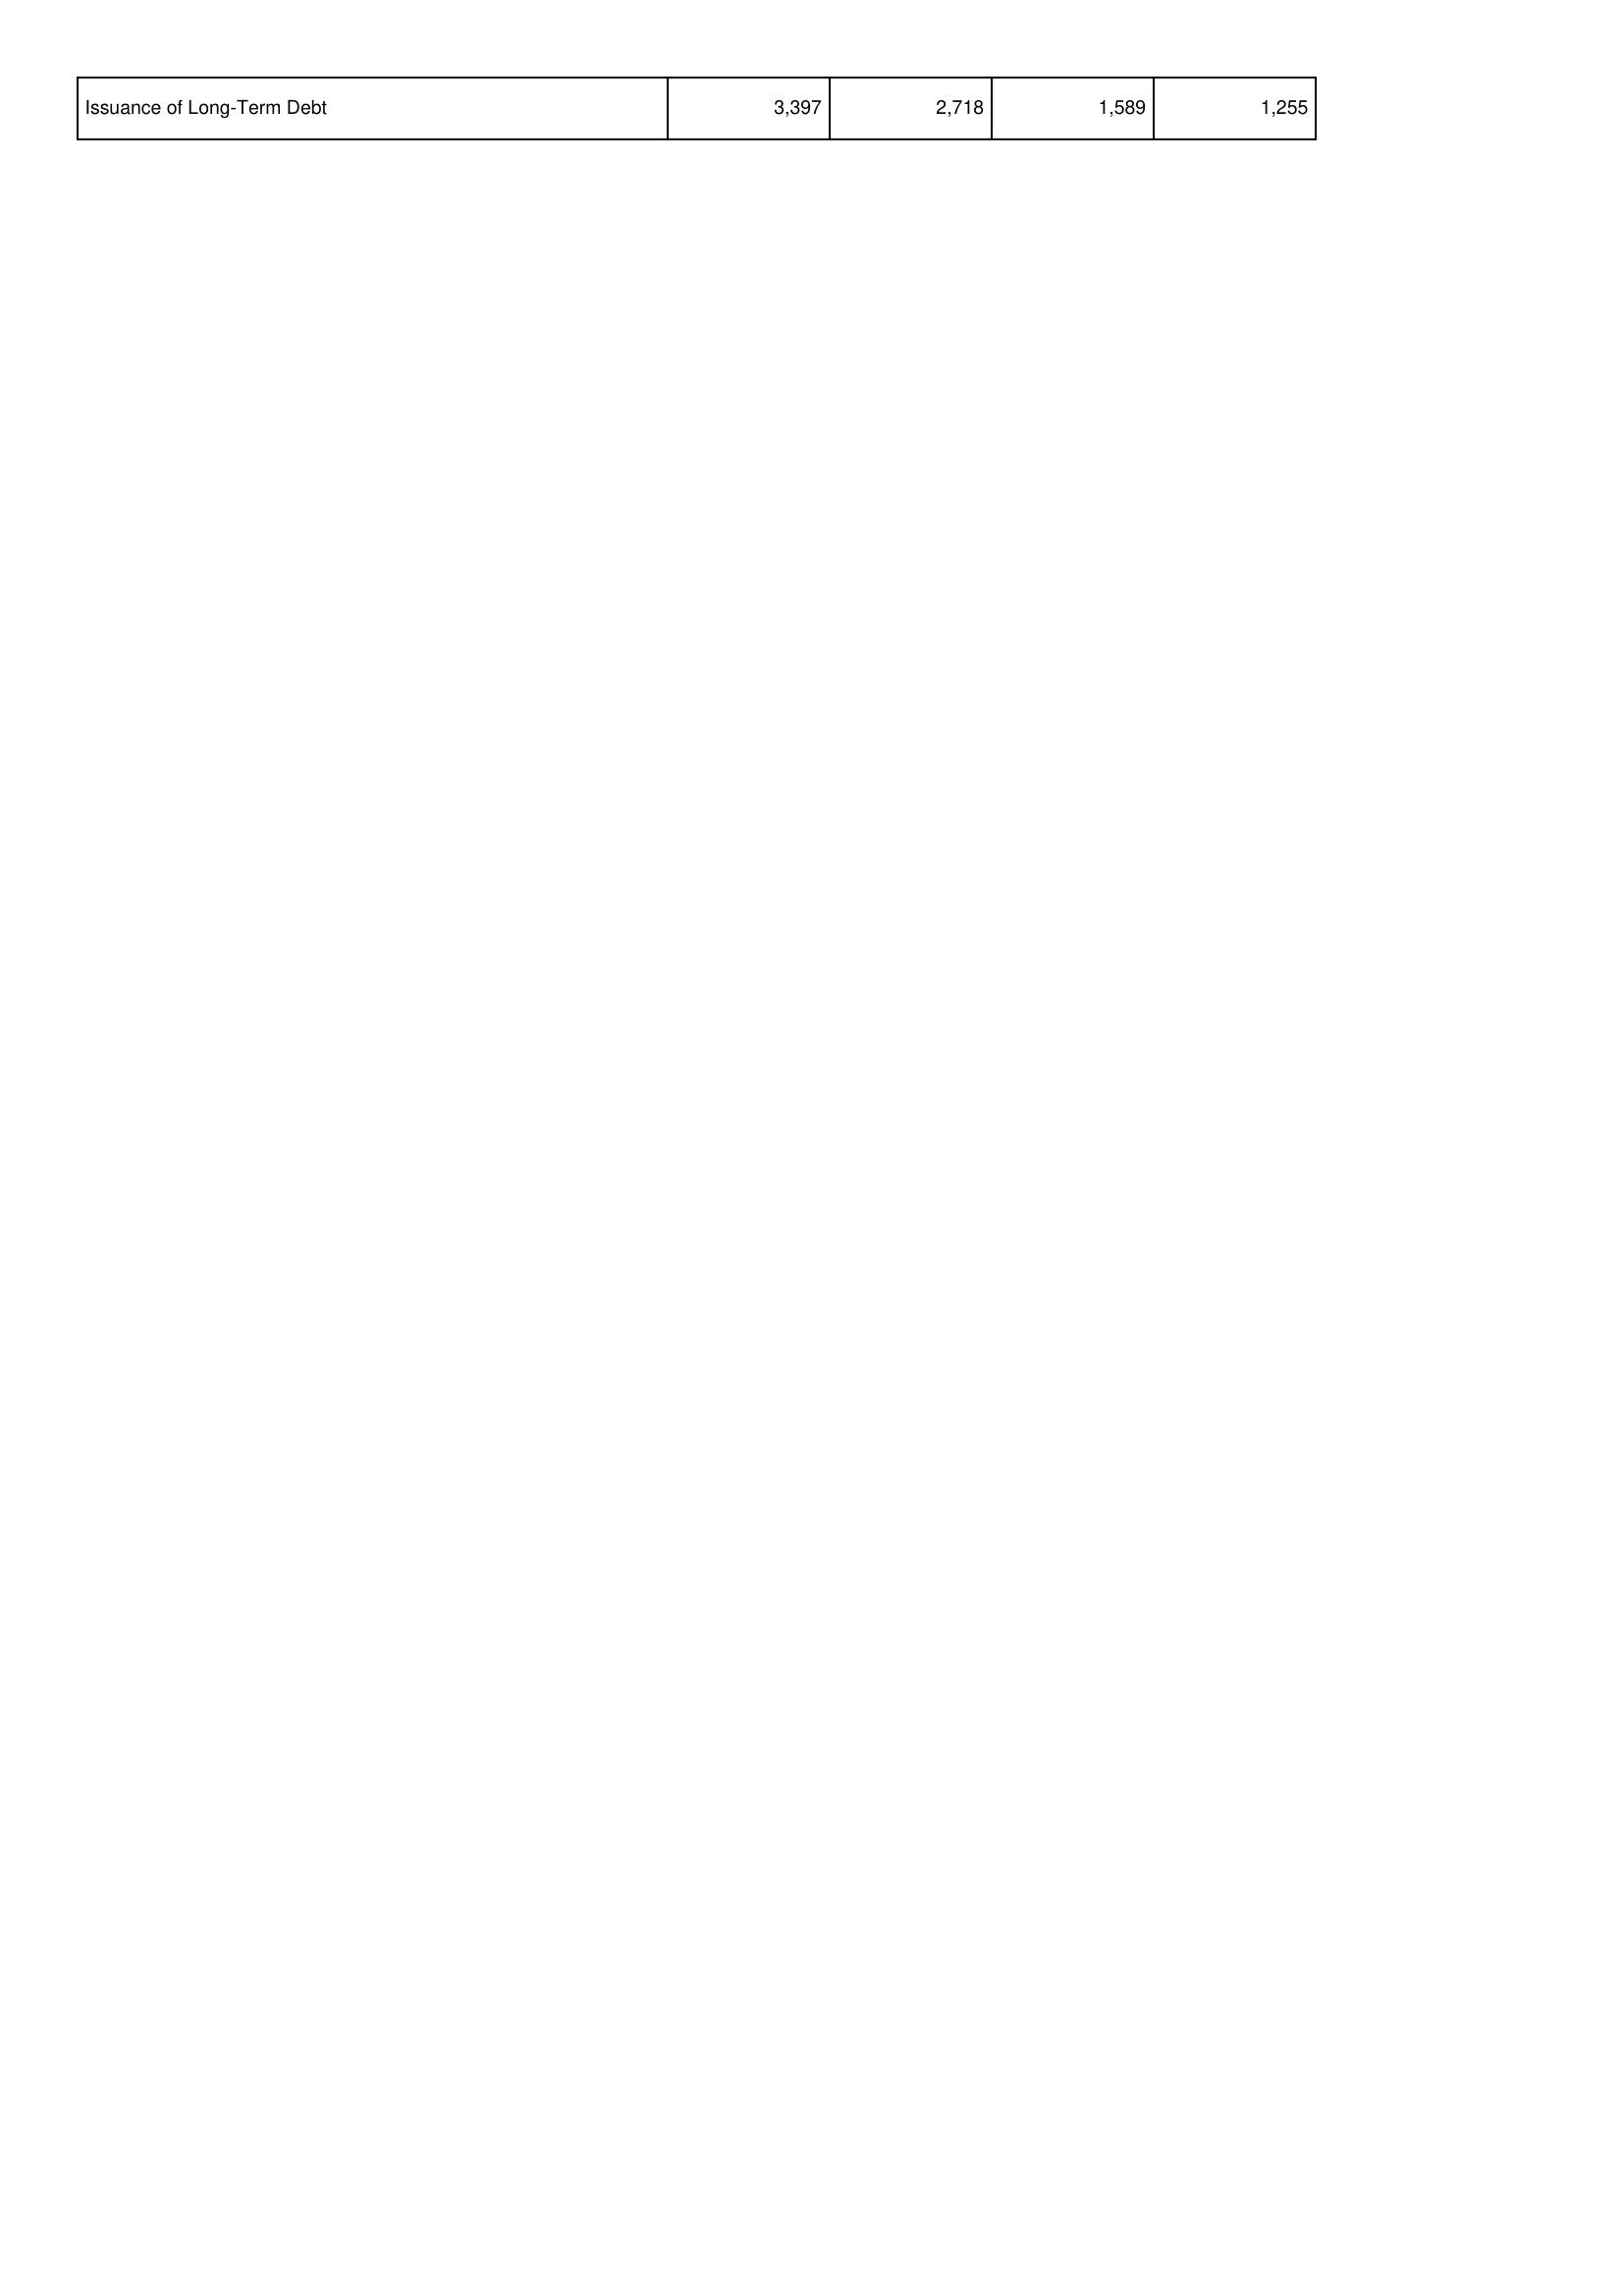
2013: Financing Activities: Issuance of Long-Term Debt: 3,397
2014: Financing Activities: Issuance of Long-Term Debt: 2,718
2015: Financing Activities: Issuance of Long-Term Debt: 1,589
2016: Financing Activities: Issuance of Long-Term Debt: 1,255